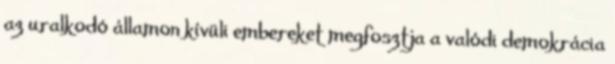
az uralkodó államon kívüli embereket megfosztja a valódi demokrácia